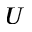
U